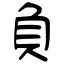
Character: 負